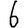
Digit: 6